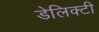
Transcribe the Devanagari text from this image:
डेलिक्टी